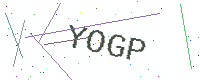
Text: YOGP